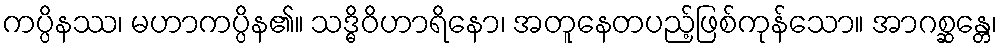
ကပ္ပိနဿ၊ မဟာကပ္ပိန၏။ သဒ္ဓိဝိဟာရိနော၊ အတူနေတပည့်ဖြစ်ကုန်သော။ အာဂစ္ဆန္တေ၊